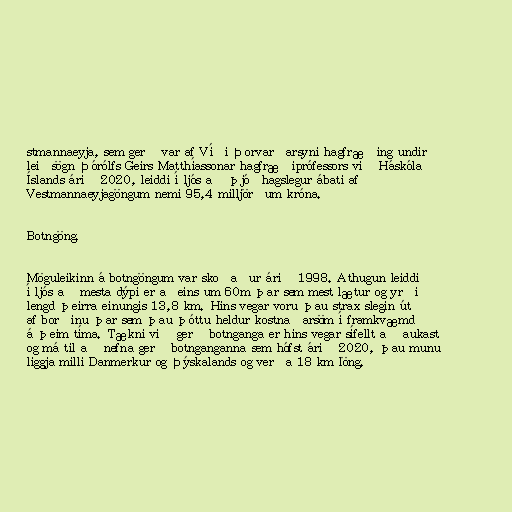
stmannaeyja, sem gerð var af Víði Þorvarðarsyni hagfræðing undir
leiðsögn Þórólfs Geirs Matthíassonar hagfræðiprófessors við Háskóla
Íslands árið 2020, leiddi í ljós að þjóðhagslegur ábati af
Vestmannaeyjagöngum nemi 95,4 milljörðum króna.

Botngöng.

Möguleikinn á botngöngum var skoðaður árið 1998. Athugun leiddi
í ljós að mesta dýpi er aðeins um 60m þar sem mest lætur og yrði
lengd þeirra einungis 13,8 km. Hins vegar voru þau strax slegin út
af borðinu þar sem þau þóttu heldur kostnaðarsöm í framkvæmd
á þeim tíma. Tækni við gerð botnganga er hins vegar sífellt að aukast
og má til að nefna gerð botnganganna sem hófst árið 2020, þau munu
liggja milli Danmerkur og Þýskalands og verða 18 km löng.